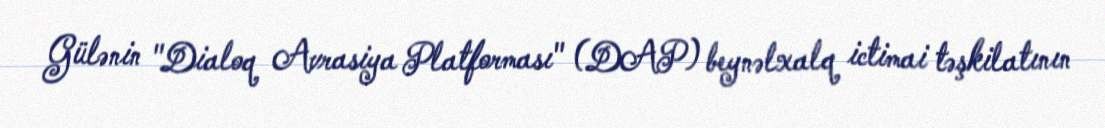
Gülənin "Dialoq Avrasiya Platforması" (DAP) beynəlxalq ictimai təşkilatının